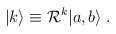
\begin{align*}|k\rangle\equiv {\cal R}^k |a,b\rangle \; .\end{align*}